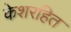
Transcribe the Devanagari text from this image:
केशरहित